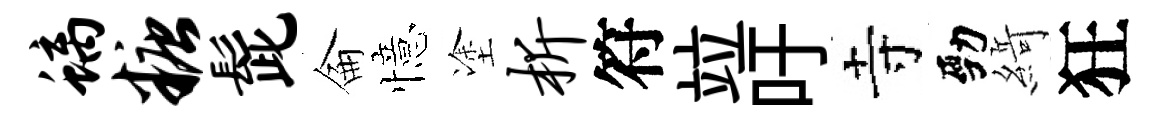
螭糖髭侖憶塗析符竝吁寺勁𦂶狂